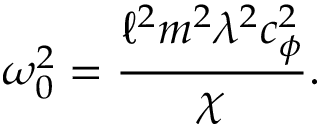
\omega _ { 0 } ^ { 2 } = \frac { \ell ^ { 2 } m ^ { 2 } \lambda ^ { 2 } c _ { \phi } ^ { 2 } } { \chi } .